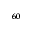
_ { 6 0 }